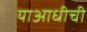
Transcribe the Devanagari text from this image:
याआधीची